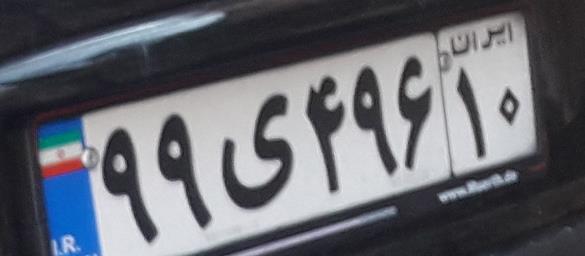
۹۹ی۴۹۶۱۰